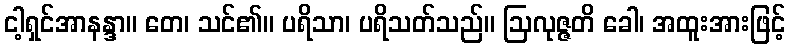
ငါ့ရှင်အာနန္ဒာ။ တေ၊ သင်၏။ ပရိသာ၊ ပရိသတ်သည်။ ဩလုဇ္ဇတိ ခေါ၊ အထူးအားဖြင့်